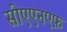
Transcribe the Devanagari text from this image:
सीएएनएफ़